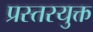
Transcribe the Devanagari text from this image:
प्रस्तरयुक्त